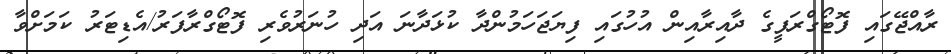
ރާއްޖޭގައި ފޮޓޯގްރަފީގެ ދާއިރާއިން އުހުގައި ފިޔަޖަހަމުންދާ ކުޅަދާނަ އަދި ހުނަރުވެރި ފޮޓޯގްރާފަރު/އެޑިޓަރު ކަމަށްވާ